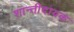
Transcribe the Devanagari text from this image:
शान्तीदायक